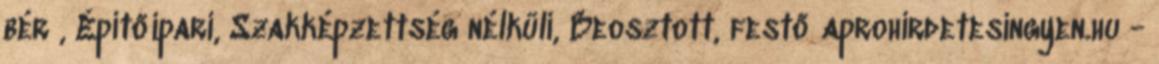
bér , Építőipari, Szakképzettség nélküli, Beosztott, festő aprohirdetesingyen.hu -